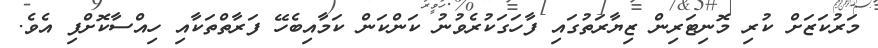
މަރުކަޒަށް ކުރި މޮނިޓަރިން ޒިޔާރަތުގައި ފާހަގަކުރެވުނު ކަންކަން ކަމާއިބެހޭ ފަރާތްތަކާއި ހިއްސާކޮށްފި އެވެ.